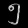
Digit: ၅